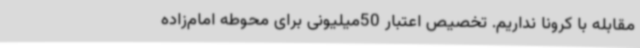
مقابله با کرونا نداریم. تخصیص اعتبار 50میلیونی برای محوطه امام‌زاده